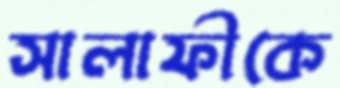
সালাফীকে